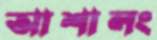
আশালং